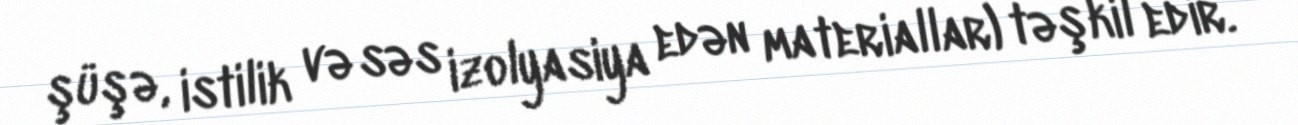
şüşə, istilik və səs izolyasiya edən materiallar) təşkil edir.